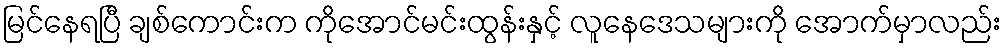
မြင်နေရပြီ ချစ်ကောင်းက ကိုအောင်မင်းထွန်းနှင့် လူနေဒေသများကို အောက်မှာလည်း